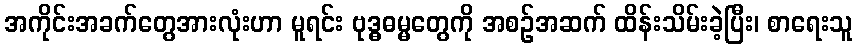
အကိုင်းအခက်တွေအားလုံးဟာ မူရင်း ဗုဒ္ဓဓမ္မတွေကို အစဉ်အဆက် ထိန်းသိမ်းခဲ့ပြီး၊ စာရေးသူ